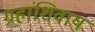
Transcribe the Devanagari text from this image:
ग्रहांशिवाय